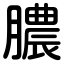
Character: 膿